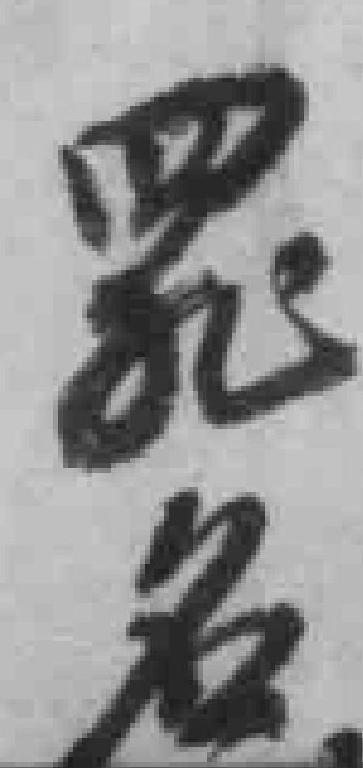
罪名